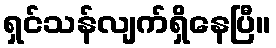
ရှင်သန်လျက်ရှိနေပြီ။